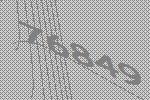
76849